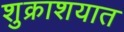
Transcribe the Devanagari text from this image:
शुक्राशयात